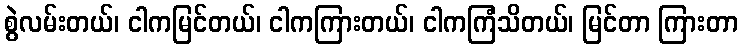
စွဲလမ်းတယ်၊ ငါကမြင်တယ်၊ ငါကကြားတယ်၊ ငါကကြံသိတယ်၊ မြင်တာ ကြားတာ